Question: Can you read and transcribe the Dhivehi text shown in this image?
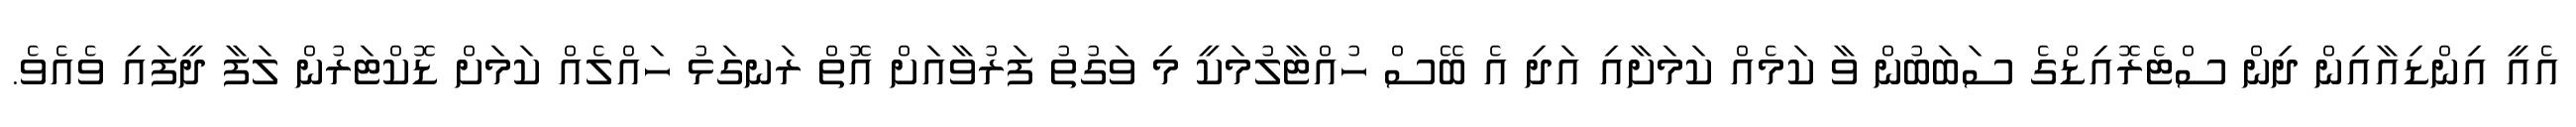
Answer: އެއީ އިންޑިއާއިން ދިން ސްޓެރޮއިޑްގެ ސަބަބުން ވާ ކަމެއް ކަމަށާއި އަދި އެ ބޭސް ހުއްޓާލުމަކީ މި ވަގުތު ފަރުވާއަށް އޮތް ރަނގަޅު ހައްލެއް ކަމަށް ޑޮކްޓަރުން ލަފާ ދީފައި ވެއެވެ.